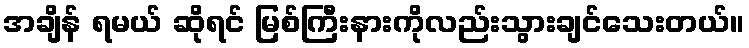
အချိန် ရမယ် ဆိုရင် မြစ်ကြီးနားကိုလည်းသွားချင်သေးတယ်။